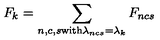
F _ { k } = \sum _ { n , c , s { \mathrm { \scriptsize { w i t h } } } \lambda _ { n c s } = \lambda _ { k } } F _ { n c s }